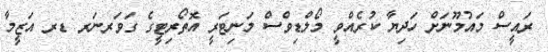
ރައީސް މައުމޫނަށް ހަދިޔާ ކުރެއްވީ މޯލްޑިވްސް މަނިޓަރީ އޮތޯރިޓީގެ ގަވަރނަރ ޑރ އަޒީމާ